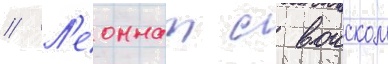
// Л'еоннат с воиском